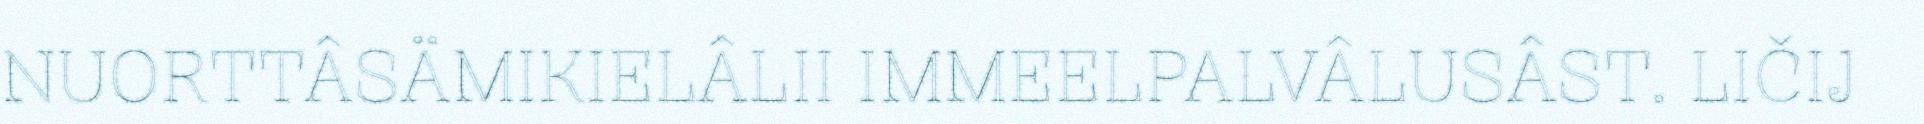
NUORTTÂSÄMIKIELÂLII IMMEELPALVÂLUSÂST. LIČIJ